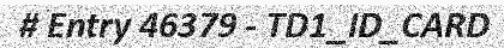
# Entry 46379 - TD1_ID_CARD